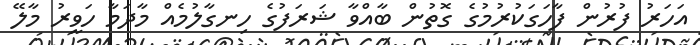
އަހަރު ފުރުން ފާހަގަކުރުމުގެ ގޮތުން ބާއްވާ ޝަރަފުގެ ހިނގާލުމެއް މާދަމާ ހަވީރު މާލޭ